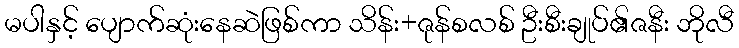
မပါနှင့် ပျောက်ဆုံးနေဆဲဖြစ်ကာ သိန်း+ဇုန်စလစ် ဦးစီးချုပ်၏ဇနီး ဘိုလီ